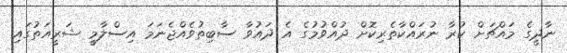
ނާދީގެ މައްޗަށް ކުރާ ނުރައްކާތެރިކޮށް ދުއްވުމުގެ އެ ދައުވާ ސާބިތުވެއްޖެނަމަ އިސްލާމީ ޝަރީއަތުގައި